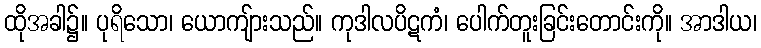
ထိုအခါ၌။ ပုရိသော၊ ယောကျ်ားသည်။ ကုဒါလပိဋကံ၊ ပေါက်တူးခြင်းတောင်းကို။ အာဒါယ၊